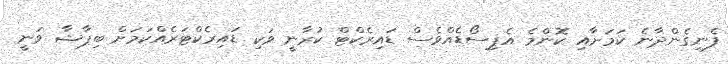
ފެނިގެންދާނެ ކަމަށާއި ކޮންމެ އެޕިސޯޑެއްވެސް ޑައިރެކްޓް ކުރާނީ ވަކި ޑައިރެކްޓަރެއްކަމަށް ބިޕާޝާ ވަނީ